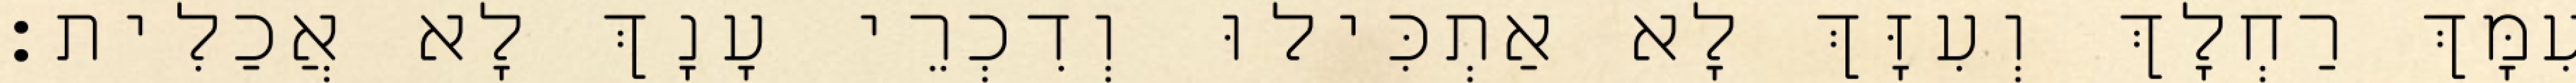
עִמָּךְ רַחְלָךְ וְעִזָּךְ לָא אַתְכִּילוּ וְדִכְרֵי עָנָךְ לָא אֲכַלִית׃